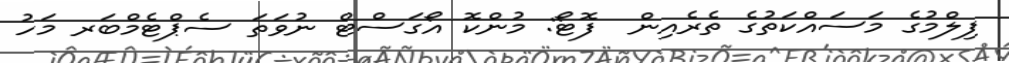
ފިލްމުގެ މަސައްކަތުގެ ތެރެއިން  ފޮޓޯ: މުންކޮ އޯގަސްޓް ނުވަތަ ސެޕްޓެމްބަރ މަހު